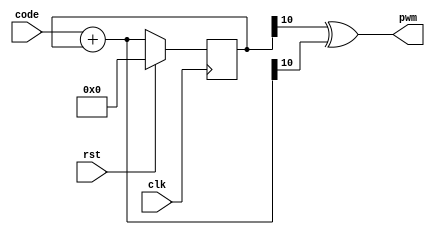
module sigma_delta_dac #(
    parameter CODE_WIDTH = 10
)(
    input clk,
    input rst,
    input [CODE_WIDTH-1:0] code,
    output pwm
);
    // Remove this line once you have implemented this module
    reg [10:0] register;
    wire [10:0] next_value;
    assign next_value = code + register ;
    always @(posedge clk ) begin
        if(rst) begin
            register <= 11'b0;
        end
        else begin
            register <= next_value;
        end
    end
    assign pwm = register[10] ^ next_value[10]; 
endmodule